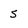
Character: 5